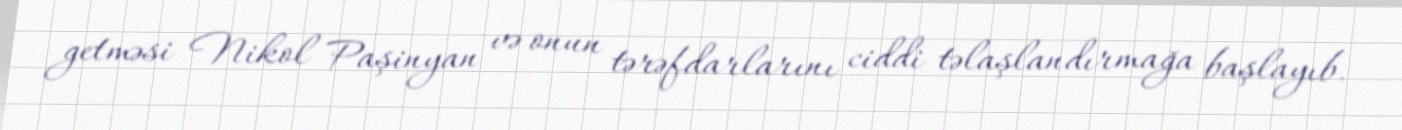
getməsi Nikol Paşinyan və onun tərəfdarlarını ciddi təlaşlandırmağa başlayıb.